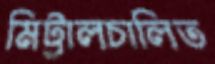
মিট্টালচালিত